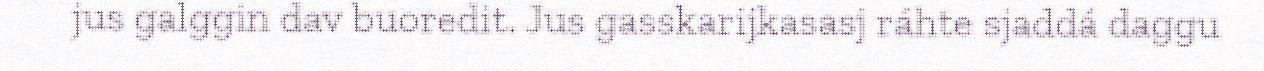
jus galggin dav buoredit. Jus gasskarijkasasj ráhte sjaddá daggu